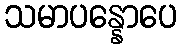
သမာပန္နောပေ